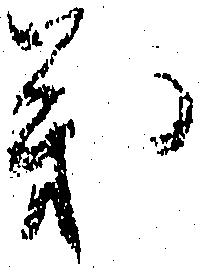
義